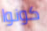
كونوا